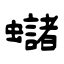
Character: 蠩